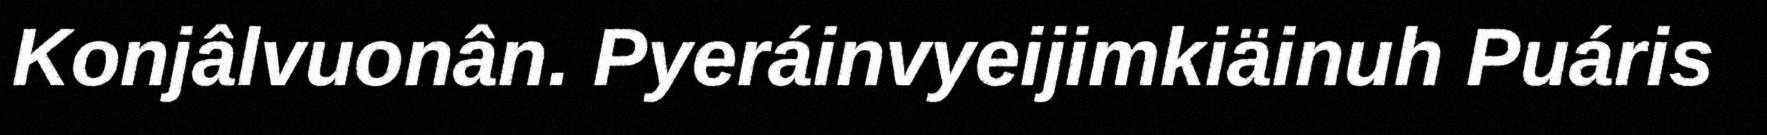
Konjâlvuonân. Pyeráinvyeijimkiäinuh Puáris